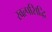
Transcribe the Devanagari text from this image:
स्वल्पसिद्धि